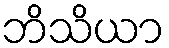
ဘိသိယာ